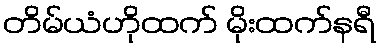
တိမ်ယံဟိုထက် မိုးထက်နရီ